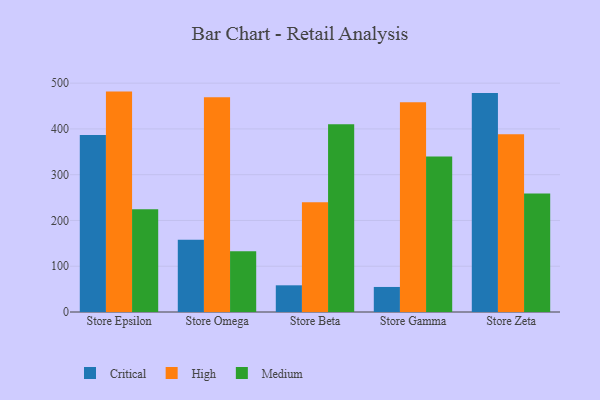
{"axis": {"x": "Store", "y": "Temperature (°C)"}, "legend": ["Critical", "High", "Medium"], "data": [{"x": "Store Epsilon", "y": 386.8, "type": "Critical"}, {"x": "Store Epsilon", "y": 481.5, "type": "High"}, {"x": "Store Epsilon", "y": 224.5, "type": "Medium"}, {"x": "Store Omega", "y": 157.6, "type": "Critical"}, {"x": "Store Omega", "y": 468.9, "type": "High"}, {"x": "Store Omega", "y": 132.7, "type": "Medium"}, {"x": "Store Beta", "y": 58.3, "type": "Critical"}, {"x": "Store Beta", "y": 239.7, "type": "High"}, {"x": "Store Beta", "y": 410.3, "type": "Medium"}, {"x": "Store Gamma", "y": 54.7, "type": "Critical"}, {"x": "Store Gamma", "y": 458.5, "type": "High"}, {"x": "Store Gamma", "y": 339.6, "type": "Medium"}, {"x": "Store Zeta", "y": 478.3, "type": "Critical"}, {"x": "Store Zeta", "y": 388.4, "type": "High"}, {"x": "Store Zeta", "y": 259.1, "type": "Medium"}]}